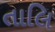
તાલિ